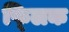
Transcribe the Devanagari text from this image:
फ्‍लिक